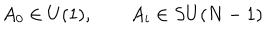
LaTeX: A _ { 0 } \in U ( 1 ) , \qquad A _ { i } \in S U ( N - 1 )